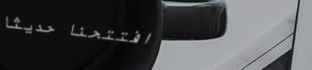
افتتحنا حديثاً